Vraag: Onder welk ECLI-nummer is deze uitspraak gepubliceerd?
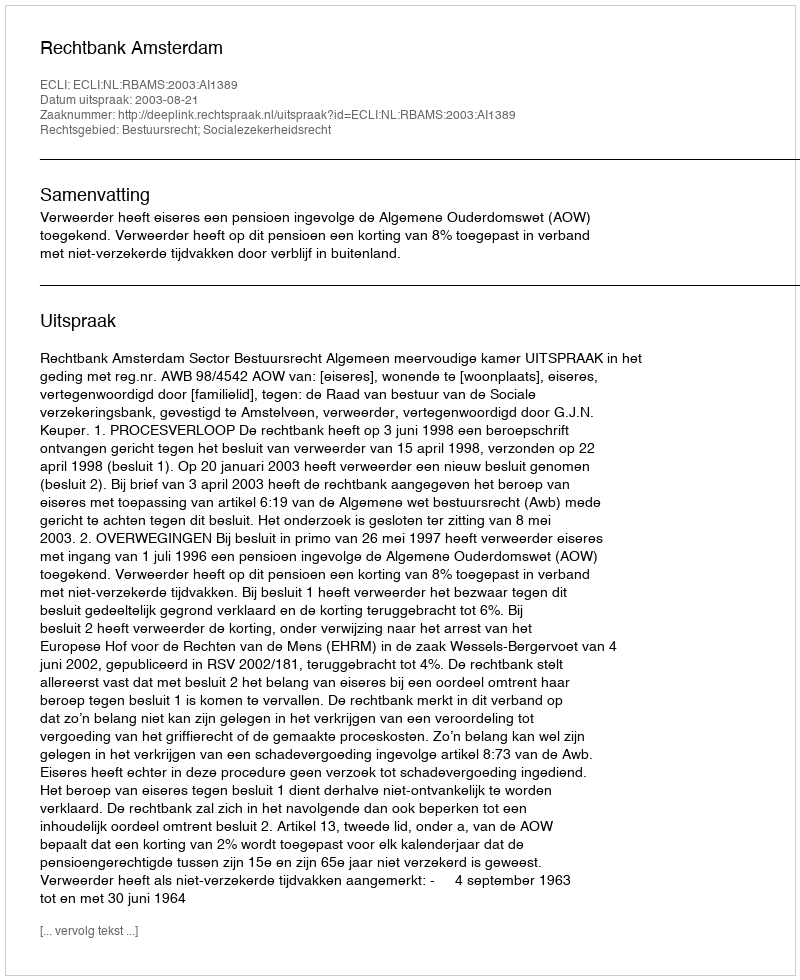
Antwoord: ECLI:NL:RBAMS:2003:AI1389